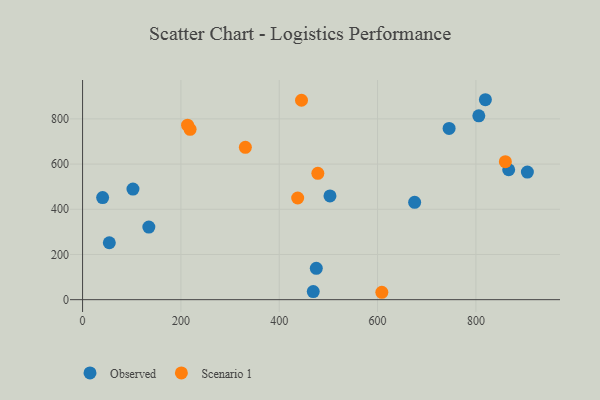
{"axis": {"x": "Distance", "y": "Profit"}, "legend": ["Observed", "Scenario 1"], "data": [{"x": "805.9", "y": 813.5, "type": "Observed"}, {"x": "102.5", "y": 489.5, "type": "Observed"}, {"x": "54.4", "y": 251.8, "type": "Observed"}, {"x": "904.7", "y": 564.7, "type": "Observed"}, {"x": "469.2", "y": 35.8, "type": "Observed"}, {"x": "745.5", "y": 757.8, "type": "Observed"}, {"x": "475.4", "y": 138.6, "type": "Observed"}, {"x": "40.8", "y": 451.8, "type": "Observed"}, {"x": "675.4", "y": 430.9, "type": "Observed"}, {"x": "819.3", "y": 884.8, "type": "Observed"}, {"x": "503.2", "y": 459.1, "type": "Observed"}, {"x": "866.7", "y": 575.0, "type": "Observed"}, {"x": "134.8", "y": 321.4, "type": "Observed"}, {"x": "478.5", "y": 559.2, "type": "Scenario 1"}, {"x": "218.7", "y": 754.0, "type": "Scenario 1"}, {"x": "608.7", "y": 32.7, "type": "Scenario 1"}, {"x": "437.5", "y": 450.0, "type": "Scenario 1"}, {"x": "331.1", "y": 674.0, "type": "Scenario 1"}, {"x": "213.6", "y": 772.2, "type": "Scenario 1"}, {"x": "445.3", "y": 882.4, "type": "Scenario 1"}, {"x": "859.9", "y": 610.5, "type": "Scenario 1"}]}